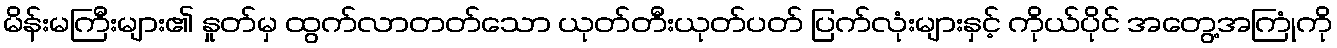
မိန်းမကြီးများ၏ နှုတ်မှ ထွက်လာတတ်သော ယုတ်တီးယုတ်ပတ် ပြက်လုံးများနှင့် ကိုယ်ပိုင် အတွေ့အကြုံကို